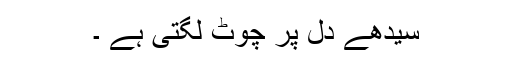
سیدھے دل پر چوٹ لگتی ہے ۔